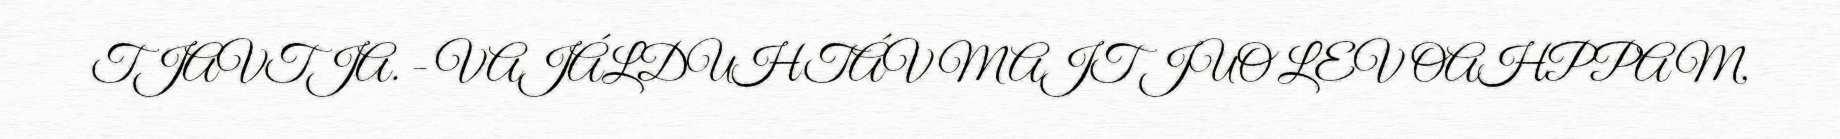
TJAVTJA. - VAJÁLDUHTÁV MAJT JUO LEV OAHPPAM,